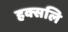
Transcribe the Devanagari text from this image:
हक्सलि